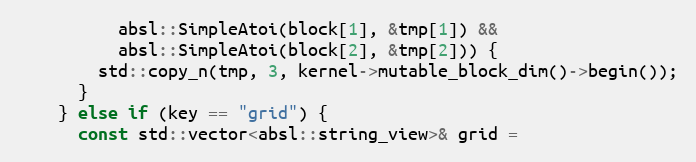
Language: C++
          absl::SimpleAtoi(block[1], &tmp[1]) &&
          absl::SimpleAtoi(block[2], &tmp[2])) {
        std::copy_n(tmp, 3, kernel->mutable_block_dim()->begin());
      }
    } else if (key == "grid") {
      const std::vector<absl::string_view>& grid =